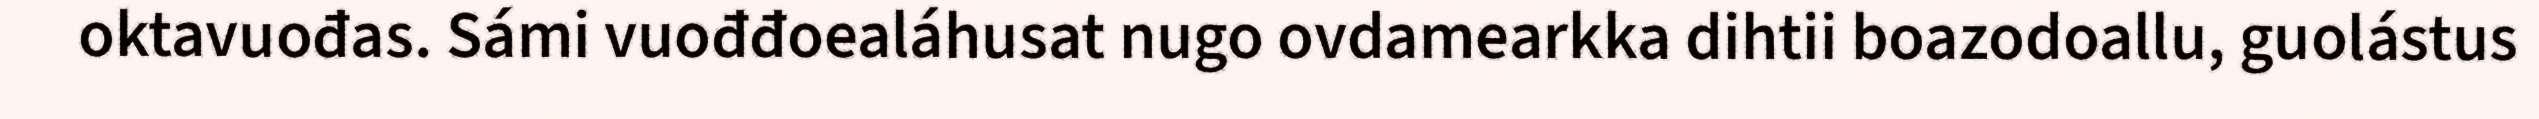
oktavuođas. Sámi vuođđoealáhusat nugo ovdamearkka dihtii boazodoallu, guolástus